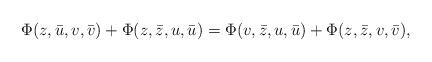
LaTeX: \begin{align*}\Phi(z,\bar{u},v,\bar{v})+\Phi(z,\bar{z},u,\bar{u})=\Phi(v,\bar{z},u,\bar{u})+\Phi(z,\bar{z},v,\bar{v}),\end{align*}